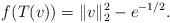
LaTeX: \begin{align*} f(T(v))=\|v\|_2^2-e^{-1/2}.\end{align*}